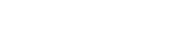
٥٢